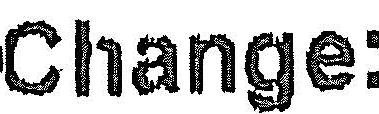
CHANGE: